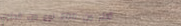
أكثر من 500 نوع من الحلوي